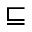
\sqsubseteq